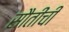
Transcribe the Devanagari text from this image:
सौतींची